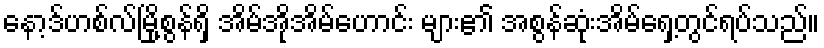
နော့ဒ်ဟစ်လ်မြို့စွန်ရှိ အိမ်အိုအိမ်ဟောင်း များ၏ အစွန်ဆုံးအိမ်ရှေ့တွင်ရပ်သည်။